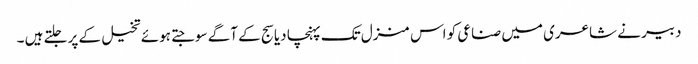
دبیر نے شاعری میں صناعی کو اس منزل تک پہنچا دیا سج کے آگے سوجتے ہوئے تخیل کے پر جلتے ہیں ۔